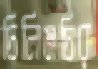
চিলিমচির